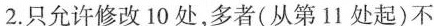
2.只允许修改 10 处,多者(从第11 处起)不